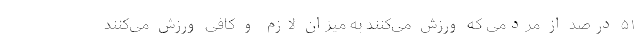
۵۱ درصد از مردمی که ورزش می‌کنند به میزان لازم و کافی ورزش می‌کنند